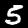
Digit: 5